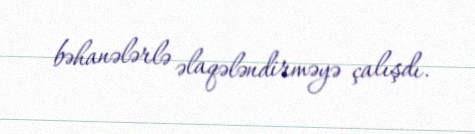
bəhanələrlə əlaqələndirməyə çalışdı.